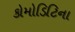
કોમોડિટિના